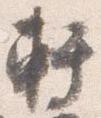
軒